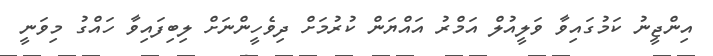
އިންޖީނު ކަމުގައިވާ ވަލީއުލް އަމްރު އައްޔަން ކުރުމަށް ދިވެހީންނަށް ލިބިފައިވާ ހައްގު މިވަނީ